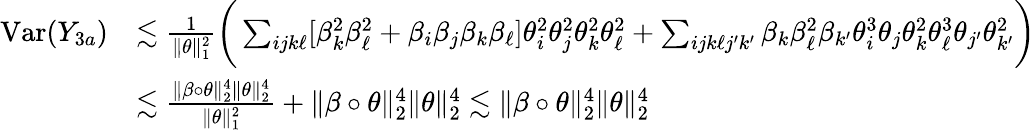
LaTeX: \begin{array}{rl}{\mathrm{Var}(Y_{3a})}&{\lesssim\frac{1}{\| \theta\| _{1}^{2}}\bigg(\sum_{ijk\ell}[\beta_{k}^{2}\beta_{\ell}^{2}+\beta_{i}\beta_{j}\beta_{k}\beta_{\ell}]\theta_{i}^{2}\theta_{j}^{2}\theta_{k}^{2}\theta_{\ell}^{2}+\sum_{ijk\ell j^{\prime}k^{\prime}}\beta_{k}\beta_{\ell}^{2}\beta_{k^{\prime}}\theta_{i}^{3}\theta_{j}\theta_{k}^{2}\theta_{\ell}^{3}\theta_{j^{\prime}}\theta_{k^{\prime}}^{2}\bigg)}\\ &{\lesssim\frac{\| \beta\circ\theta\| _{2}^{4}\| \theta\| _{2}^{4}}{\| \theta\| _{1}^{2}}+\| \beta\circ\theta\| _{2}^{4}\| \theta\| _{2}^{4}\lesssim\| \beta\circ\theta\| _{2}^{4}\| \theta\| _{2}^{4}}\end{array}